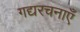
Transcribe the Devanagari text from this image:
गद्यरचनाएँ